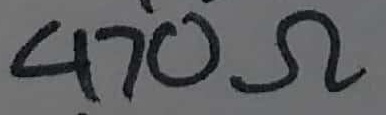
Text: 470Ω